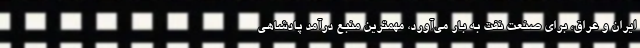
ایران و عراق، برای صنعت نفت به بار می‌آورد، مهمترین منبع درآمد پادشاهی